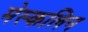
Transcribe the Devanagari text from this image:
मेस्कलिन